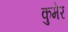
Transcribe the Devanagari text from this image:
कुमेर